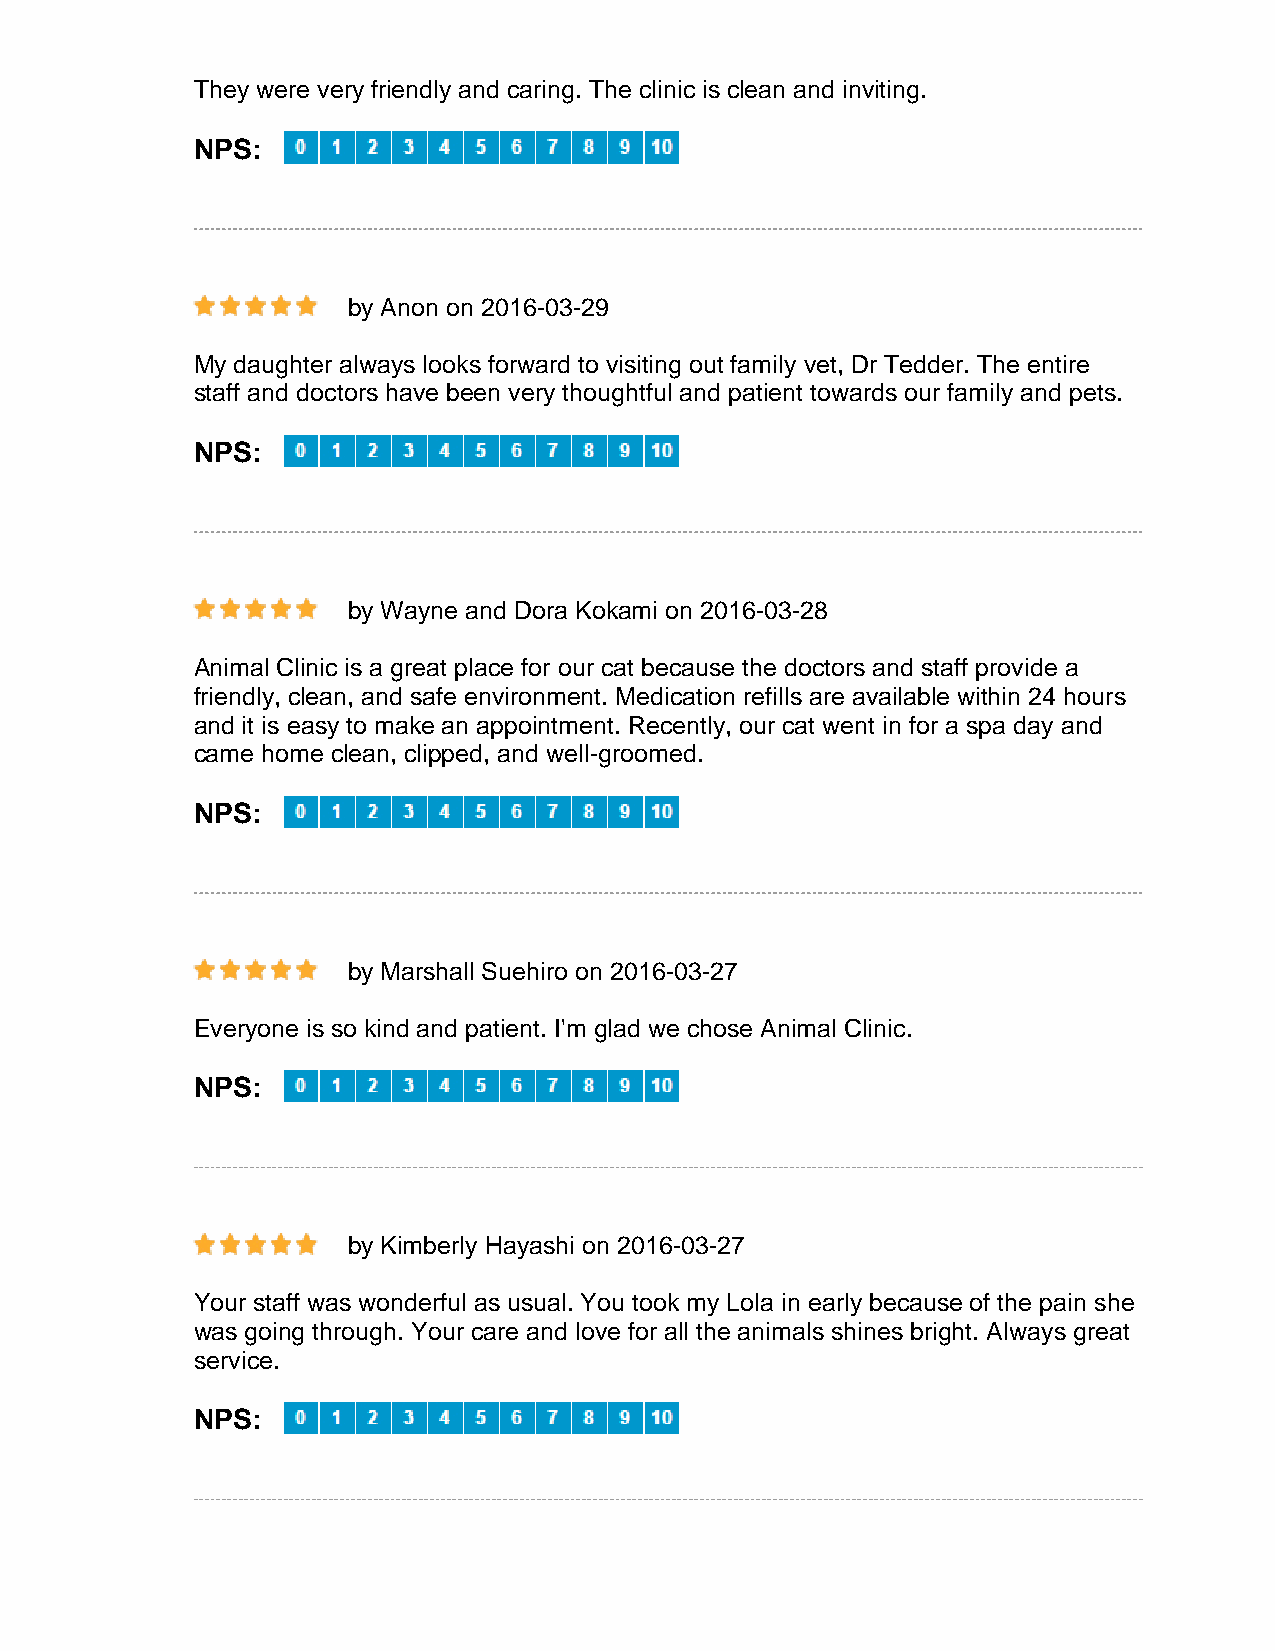
They were very friendly and caring. The clinic is clean and inviting.
 NPS:
 by Anon on 2016-03-29
 My daughter always looks forward to visiting out family vet, Dr Tedder. The entire
 staff and doctors have been very thoughtful and patient towards our family and pets.
 NPS:
 by Wayne and Dora Kokami on 2016-03-28
 Animal Clinic is a great place for our cat because the doctors and staff provide a
 friendly, clean, and safe environment. Medication refills are available within 24 hours
 and it is easy to make an appointment. Recently, our cat went in for a spa day and
 came home clean, clipped, and well-groomed.
 NPS:
 by Marshall Suehiro on 2016-03-27
 Everyone is so kind and patient. I'm glad we chose Animal Clinic.
 NPS:
 by Kimberly Hayashi on 2016-03-27
 Your staff was wonderful as usual. You took my Lola in early because of the pain she
 was going through. Your care and love for all the animals shines bright. Always great
 service.
 NPS: